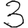
Digit: 3